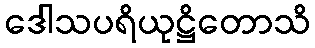
ဒေါသပရိယုဋ္ဌိတောသိ